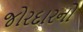
જોરદારનો